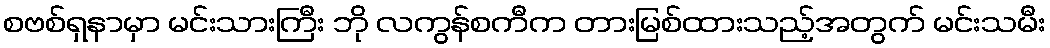
စဗစ်ရှနာမှာ မင်းသားကြီး ဘို လကွန်စကီက တားမြစ်ထားသည့်အတွက် မင်းသမီး